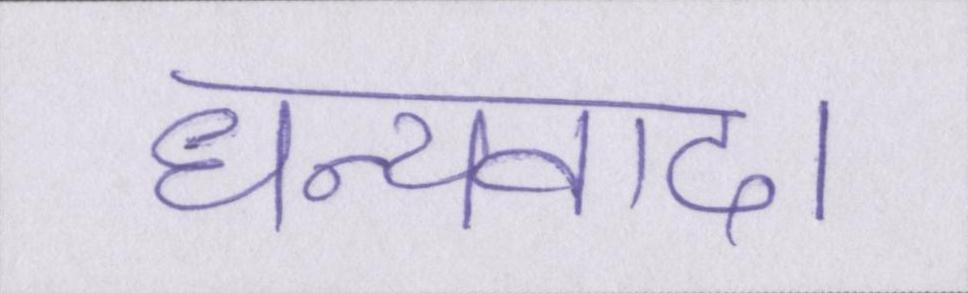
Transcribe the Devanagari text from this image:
धन्यवाद।